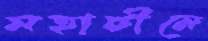
মহাচীনে